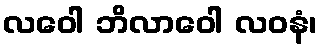
လဝေါ ဘိလာဝေါ လဝနံ၊